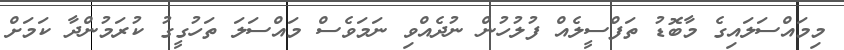
މިމައްސަލައިގެ މާބޮޑު ތަފްސީލެއް ފުލުހުން ނުދެއްވި ނަމަވެސް މައްސަލަ ތަހުގީގު ކުރަމުންދާ ކަމަށް